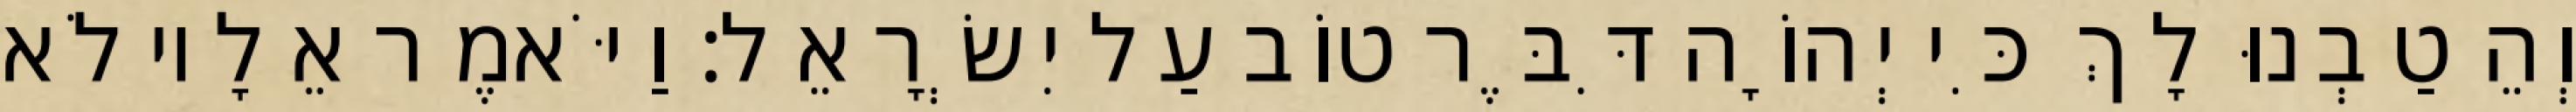
וְהֵטַבְנוּ לָךְ כִּי יְהוָֹה דִּבֶּר טוֹב עַל יִשְׂרָאֵל׃ וַיֹּאמֶר אֵלָיו לֹא